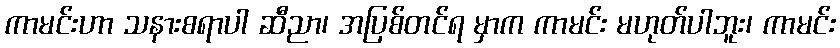
ကာမင်းဟာ သနားစရာပါ ဆီညာ၊ အပြစ်တင်ရ မှာက ကာမင်း မဟုတ်ပါဘူး၊ ကာမင်း